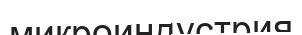
микроиндустрия